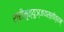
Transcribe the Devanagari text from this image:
श्रीमृत्युञ्जयस्तोत्रम्